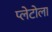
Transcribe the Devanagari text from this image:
प्लेटोला